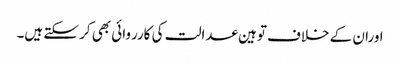
اوران کے خلاف توہین عدالت کی کارروائی بھی کر سکتے ہیں۔